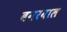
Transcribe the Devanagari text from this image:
बनरवाल